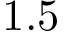
1 . 5